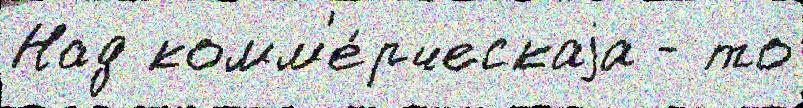
Над комм'е́рческаjа - то